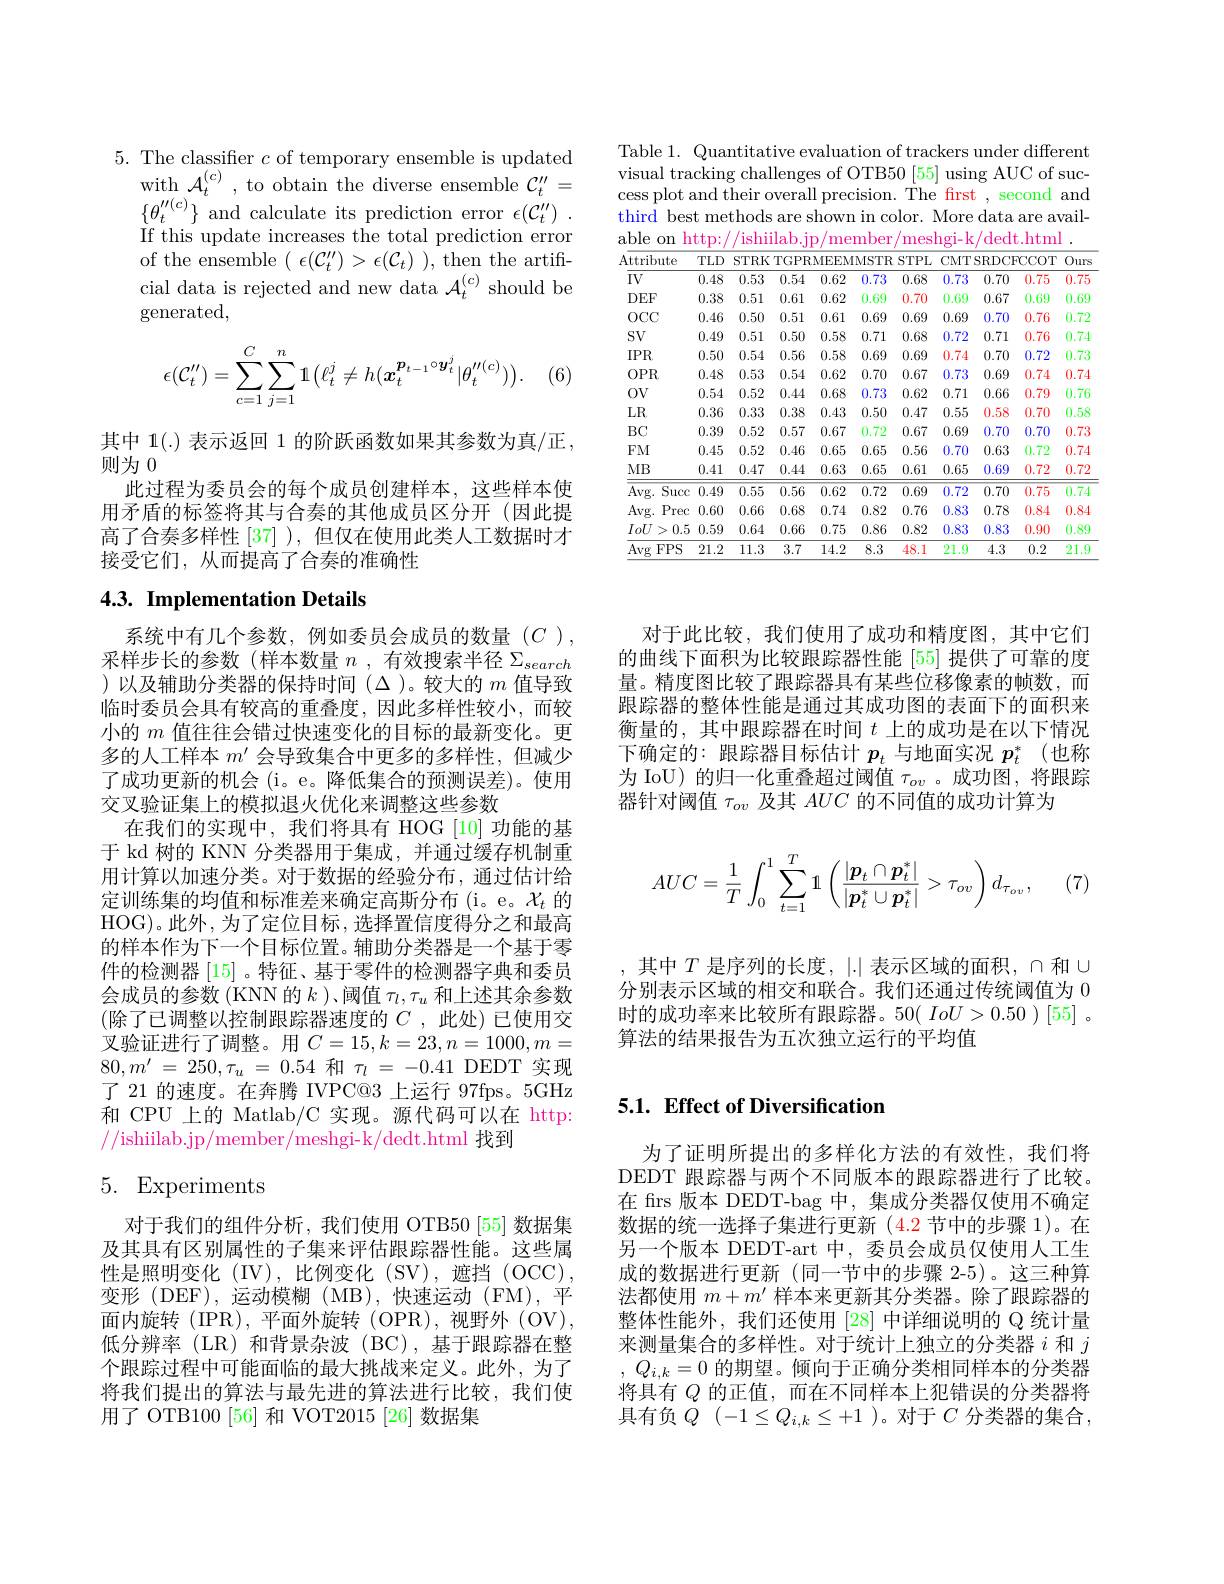
Table 1. Quantitative evaluation of trackers under different visual tracking challenges of OTB50 [55] using AUC of success plot and their overall precision. The first , second and third best methods are shown in color. More data are available on http://ishiilab.jp/member/meshgi-k/dedt.html

<table>
	<tbody>
		<tr>
			<th rowspan="2">Attribute $IV$</th>
			<th rowspan="2">$TLD$ 0.48</th>
			<th colspan="5">STRK TGPRMEEMMSTR STPL</th>
			<th colspan="3">CMTSRDCFCCOT</th>
			<th rowspan="2">Ours 0.75</th>
		</tr>
		<tr>
			<th>0.53</th>
			<th>0.54</th>
			<th>0.62</th>
			<th>0.73</th>
			<th>0.68</th>
			<th>0.73</th>
			<th>0.70</th>
			<th>0.75</th>
		</tr>
		<tr>
			<td>$DEF$</td>
			<td>0.38</td>
			<td>0.51</td>
			<td>0.61</td>
			<td>0.62</td>
			<td>0.69</td>
			<td>0.70</td>
			<td>0.69</td>
			<td>0.67</td>
			<td>0.69</td>
			<td>0.69</td>
		</tr>
		<tr>
			<td>$0CC$</td>
			<td>0.46</td>
			<td>0.50</td>
			<td>0.51</td>
			<td>0.61</td>
			<td>0.69</td>
			<td>0.69</td>
			<td>0.69</td>
			<td>0.70</td>
			<td>0.76</td>
			<td>0.72</td>
		</tr>
		<tr>
			<td>$SV$</td>
			<td>0.49</td>
			<td>0.51</td>
			<td>0.50</td>
			<td>0.58</td>
			<td>0.71</td>
			<td>0.68</td>
			<td>0.72</td>
			<td>0.71</td>
			<td>0.76</td>
			<td>0.74</td>
		</tr>
		<tr>
			<td>$IPR$</td>
			<td>0.50</td>
			<td>0.54</td>
			<td>0.56</td>
			<td>0.58</td>
			<td>0.69</td>
			<td>0.69</td>
			<td>0.74</td>
			<td>0.70</td>
			<td>0.72</td>
			<td>0.73</td>
		</tr>
		<tr>
			<td>$0PR$</td>
			<td>0.48</td>
			<td>0.53</td>
			<td>0.54</td>
			<td>0.62</td>
			<td>0.70</td>
			<td>0.67</td>
			<td>0.73</td>
			<td>0.69</td>
			<td>0.74</td>
			<td>0.74</td>
		</tr>
		<tr>
			<td>$0V$</td>
			<td>0.54</td>
			<td>0.52</td>
			<td>0.44</td>
			<td>0.68</td>
			<td>0.73</td>
			<td>0.62</td>
			<td>0.71</td>
			<td>0.66</td>
			<td>0.79</td>
			<td>0.76</td>
		</tr>
		<tr>
			<td>$LR$</td>
			<td>0.36</td>
			<td>0.33</td>
			<td>0.38</td>
			<td>0.43</td>
			<td>0.50</td>
			<td>0.47</td>
			<td>0.55</td>
			<td>0.58</td>
			<td>0.70</td>
			<td>0.58</td>
		</tr>
		<tr>
			<td>$BC$</td>
			<td>0.39</td>
			<td>0.52</td>
			<td>0.57</td>
			<td>0.67</td>
			<td>0.72</td>
			<td>0.67</td>
			<td>0.69</td>
			<td>0.70</td>
			<td>0.70</td>
			<td>0.73</td>
		</tr>
		<tr>
			<td>FM</td>
			<td>0.45</td>
			<td>0.52</td>
			<td>0.46</td>
			<td>0.65</td>
			<td>0.65</td>
			<td>0.56</td>
			<td>0.70</td>
			<td>0.63</td>
			<td>0.72</td>
			<td>0.74</td>
		</tr>
		<tr>
			<td>$MB$</td>
			<td>0.41</td>
			<td>0.47</td>
			<td>0.44</td>
			<td>0.63</td>
			<td>0.65</td>
			<td>0.61</td>
			<td>0.65</td>
			<td>0.69</td>
			<td>0.72</td>
			<td>0.72</td>
		</tr>
		<tr>
			<td>Avg. Succ</td>
			<td>0.49</td>
			<td>0.55</td>
			<td>$\overline{0.56}$</td>
			<td>0.62</td>
			<td>0.72</td>
			<td>0.69</td>
			<td>0.72</td>
			<td>0.70</td>
			<td>0.75</td>
			<td>$\overline{0.74}$</td>
		</tr>
		<tr>
			<td>Avg. Prec</td>
			<td>0.60</td>
			<td>0.66</td>
			<td>0.68</td>
			<td>0.74</td>
			<td>0.82</td>
			<td>0.76</td>
			<td>0.83</td>
			<td>0.78</td>
			<td>0.84</td>
			<td>0.84</td>
		</tr>
		<tr>
			<td>IoU > 0.5 1</td>
			<td>0.59</td>
			<td>0.64</td>
			<td>0.66</td>
			<td>0.75</td>
			<td>0.86</td>
			<td>0.82</td>
			<td>0.83</td>
			<td>0.83</td>
			<td>0.90</td>
			<td>0.89</td>
		</tr>
		<tr>
			<td>Avg $FPS$</td>
			<td>21.2</td>
			<td>11.3</td>
			<td>3.7</td>
			<td>14.2</td>
			<td>8.3</td>
			<td>48.1</td>
			<td>21.9</td>
			<td>4.3</td>
			<td>0.2</td>
			<td>21.9</td>
		</tr>
	</tbody>
</table>

5. The classifer $c$ of temporary ensemble is updated
with $\mathcal{A}_t^{(c)}$ , to obtain the diverse ensemble $\mathcal{C}_t^{\prime\prime}=$ $\{\theta_{t}^{\prime\prime(c)}\}$ and calculate its prediction error $\epsilon ( \mathcal{C} _{t}^{\prime \prime })$ . If this update increases the total prediction error of the ensemble $(\epsilon(\mathcal{C}_t^{\prime\prime})>\epsilon(\mathcal{C}_t))$, then the artificial data is rejected and new data $\mathcal{A}_t^{(c)}$ should be generated,

(6)
$$\epsilon(\mathcal{C}_t'')=\sum_{c=1}^C\sum_{j=1}^n\mathbb{1}\left(\ell_t^j\neq h(\boldsymbol{x}_t^{\boldsymbol{p}_{t-1}\circ\boldsymbol{y}_t^j}|\theta_t''^{(c)})\right).$$
其中 1(.) 表示返回 1 的阶跃函数如果其参数为真/正，
则为0
此过程为委员会的每个成员创建样本，这些样本使用矛盾的标签将其与合奏的其他成员区分开(因此提高了合奏多样性 [37] ),但仅在使用此类人工数据时才接受它们，从而提高了合奏的准确性

# 4.3. Implementation Details

系统中有几个参数，例如委员会成员的数量(C), 采样步长的参数(样本数量$n$ ,有效搜索半径$\Sigma_search$ )以及辅助分类器的保持时间($\Delta)。较大的 m 值导致$ 临时委员会具有较高的重叠度，因此多样性较小，而较小的$m$值往往会错过快速变化的目标的最新变化。更多的人工样本$m^{\prime}$会导致集合中更多的多样性，但减少了成功更新的机会(i。e。降低集合的预测误差)。使用交叉验证集上的模拟退火优化来调整这些参数
在我们的实现中，我们将具有 HOG [10] 功能的基于 kd 树的 KNN 分类器用于集成，并通过缓存机制重用计算以加速分类。对于数据的经验分布，通过估计给定训练集的均值和标准差来确定高斯分布(i。e。$\mathcal{X}_t$的HOG)。此外，为了定位目标，选择置信度得分之和最高的样本作为下一个目标位置。辅助分类器是一个基于零件的检测器 [15] 。特征、基于零件的检测器字典和委员会成员的参数 (KNN 的$k$ )、阈值$\tau_l,\tau_u$和上述其余参数(除了已调整以控制跟踪器速度的 $C$ ,此处)已使用交叉验证进行了调整。用$C=15,k=23,n=1000,m=$ $80, m^{\prime }$ = $250, \tau _{u}$ = 0.54 和 $\tau _l$ = -0.41 DEDT 实现了 21 的速度。在奔腾 IVPC@3 上运行 97fps。5GHz 和 CPU 上的 Matlab/C 实现。源代码可以在 http: //ishiilab.jp/member/meshgi-k/dedt.html 找到

# 5. Experiments

对于我们的组件分析，我们使用 OTB50[55] 数据集及其具有区别属性的子集来评估跟踪器性能。这些属性是照明变化(IV),比例变化(SV),遮挡(OCC), 变形 (DEF),运动模糊 (MB),快速运动 (FM),平面内旋转(IPR),平面外旋转(OPR),视野外(OV), 低分辨率(LR)和背景杂波(BC),基于跟踪器在整个跟踪过程中可能面临的最大挑战来定义。此外，为了将我们提出的算法与最先进的算法进行比较，我们使用了 OTB100 [56] 和 VOT2015 [26] 数据集

对于此比较，我们使用了成功和精度图，其中它们的曲线下面积为比较跟踪器性能 [55] 提供了可靠的度量。精度图比较了跟踪器具有某些位移像素的帧数，而跟踪器的整体性能是通过其成功图的表面下的面积来衡量的，其中跟踪器在时间$t$上的成功是在以下情况下确定的：跟踪器目标估计$p_t$与地面实况$p_t^*$ (也称为 IoU) 的归一化重叠超过阈值$\tau_{ov}$ 。成功图，将跟踪器针对阈值$\tau_{ov}$及其$AUC$的不同值的成功计算为
$$AUC=\dfrac{1}{T}\int_{0}^{1}\sum_{t=1}^{T}\mathbb{1}\left(\dfrac{|\boldsymbol{p}_{t}\cap\boldsymbol{p}_{t}^{*}|}{|\boldsymbol{p}_{t}^{*}\cup\boldsymbol{p}_{t}^{*}|}>\tau_{ov}\right)d_{\tau_{ov}},$$
(7

, 其中 $T$ 是序列的长度，|.| 表示区域的面积$,\cap$和$\cup$ 分别表示区域的相交和联合。我们还通过传统阈值为 0时的成功率来比较所有跟踪器。50( $IoU>0.50)[55]$ 。算法的结果报告为五次独立运行的平均值

## 5.1. Effect of Diversification

为了证明所提出的多样化方法的有效性，我们将DEDT 跟踪器与两个不同版本的跟踪器进行了比较。在 firs 版本 DEDT-bag 中，集成分类器仅使用不确定数据的统一选择子集进行更新(4.2节中的步骤1)。在另一个版本 DEDT-art 中，委员会成员仅使用人工生成的数据进行更新 (同一节中的步骤 2-5)。这三种算法都使用$m+m^\prime$样本来更新其分类器。除了跟踪器的整体性能外，我们还使用 [28] 中详细说明的 Q 统计量来测量集合的多样性。对于统计上独立的分类器$i$和$j$ , $Q_{i, k}= 0$的期望。倾向于正确分类相同样本的分类器将具有$Q$的正值，而在不同样本上犯错误的分类器将具有负$Q$ $( - 1\leq Q_{i, k}\leq + 1$ )。对于 $C$ 分类器的集合，